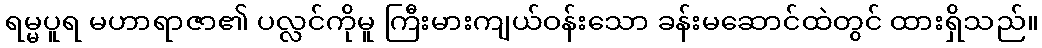
ရမ္မပူရ မဟာရာဇာ၏ ပလ္လင်ကိုမူ ကြီးမားကျယ်ဝန်းသော ခန်းမဆောင်ထဲတွင် ထားရှိသည်။